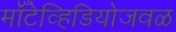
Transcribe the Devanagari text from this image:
मॉँटेव्हिडियोजवळ